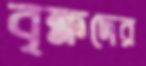
বৃক্ষদের